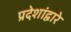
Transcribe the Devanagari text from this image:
प्रदेशांद्वारे